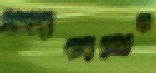
শপথের